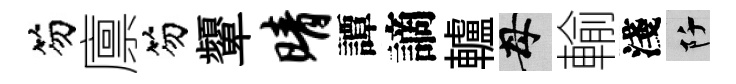
笏廪笏顰晴譚謫轤母輸淺阡